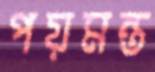
পয়মন্ত